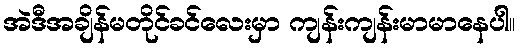
အဲဒီအချိန်မတိုင်ခင်လေးမှာ ကျန်းကျန်းမာမာနေပါ။